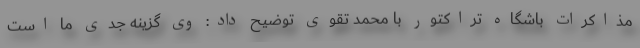
مذاکرات باشگاه تراکتور با محمد تقوی توضیح داد: وی گزینه جدی ما است